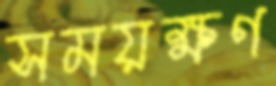
সময়ক্ষণ